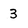
Character: 3